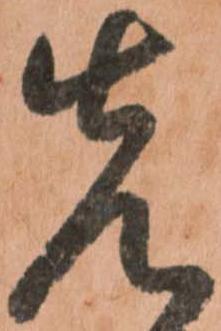
先